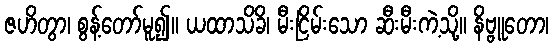
ဇဟိတွာ၊ စွန့်တော်မူ၍။ ယထာသိခိ၊ မီးငြိမ်းသော ဆီးမီးကဲ့သို့။ နိဗ္ဗူတော၊